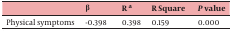
<table><thead><tr><td></td><td><b>β</b></td><td><b>R <sup>a</sup></b></td><td><b>R Square</b></td><td><b><i>P</i> value</b></td></tr></thead><tbody><tr><td>Physical symptoms</td><td>-0.398</td><td>0.398</td><td>0.159</td><td>0.000</td></tr></tbody></table>